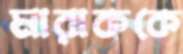
মারাককে